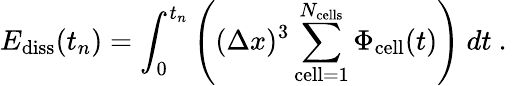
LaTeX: E_{\mathrm{diss}}(t_{n})=\int_{0}^{t_{n}}\left((\Delta x)^{3}\sum_{\mathrm{cell}=1}^{N_{\mathrm{cells}}}\Phi_{\mathrm{cell}}(t)\right)~dt\mathrm{~.~}